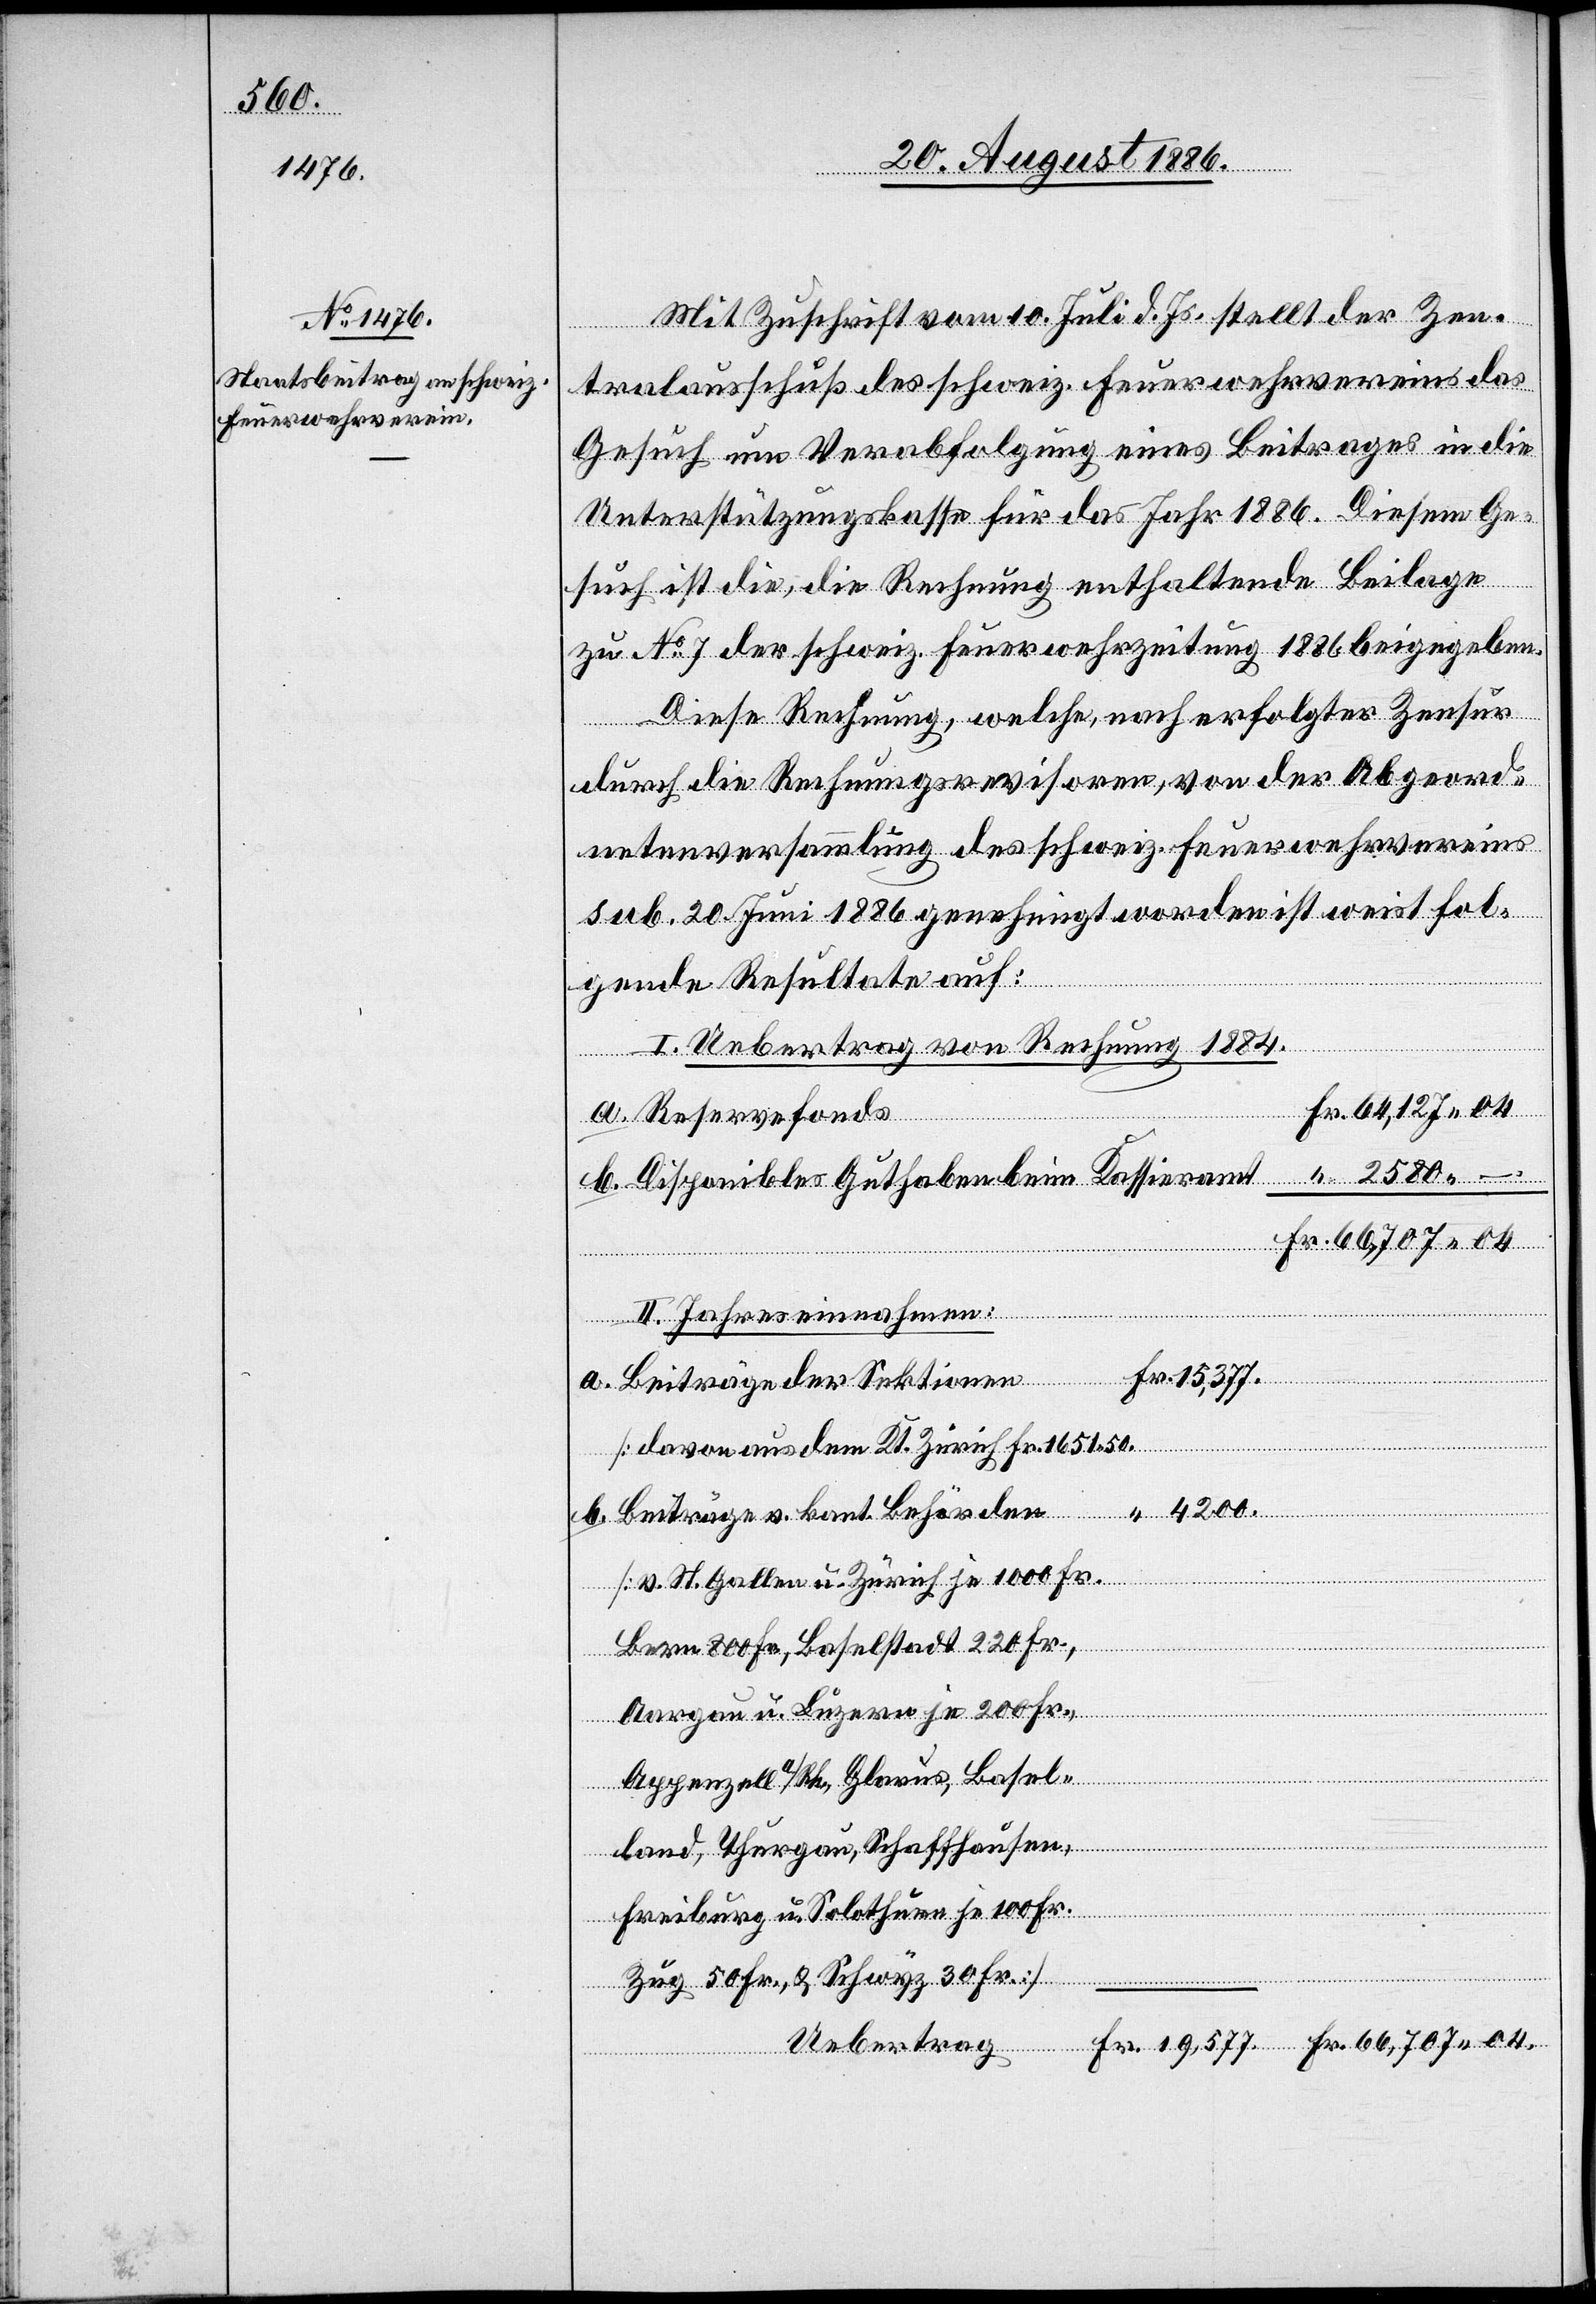
4200.

Mit Zuschrift vom 10. Juli d. Js. stellt der Zen¬
tralausschuß des schweiz. Feuerwehrvereins das
Gesuch um Verabfolgung eines Beitrages in die
Unterstützungskasse für das Jahr 1886. Diesem Ge¬
such ist die, die Rechnung enthaltende Beilage
zu No 7 der schweiz. Feuerwehrzeitung 1886 beigegeben.
Diese Rechnung, welche, nach erfolgter Zensur
durch die Rechnungsrevisoren, von der Abgeord¬
netenversammlung des schweiz. Feuerwehrvereins
sub 20. Juni 1886 genehmigt worden ist weist fol¬
b.
gende Resultate auf:
I. Uebertrag von Rechnung 1884.
Reservefonds
Disponibles Guthaben beim Kassieramt
II. Jahreseinnahmen:
Beiträge
Beiträge v. kant. Behörden
[v. St. Gallen u. Zürich je 1000 Fr.,
Bern 800 Fr., Baselstadt 220 Fr.,
Aargau u. Luzern je 200 Fr.,
Appenzell a/Rh., Glarus, Basel¬
land, Thurgau, Schaffhausen,
“
Freiburg u. Solothurn je 100 Fr.,
aus dem Kt.
Zug 50 Fr., & Schwyz 30 Fr.]

a.